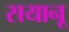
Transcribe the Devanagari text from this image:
सयानू